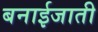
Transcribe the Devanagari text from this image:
बनाईजाती